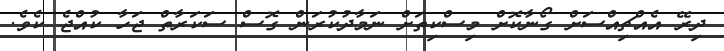
ދިރޭ އެއްޗިއްސަށް ގޯނާކޮށް މިސްކިތަށް ނަމާދުކުރަން ގޮސް ސަކަރާތް ޖަހާ ކުއްޖެ ކެވެ.